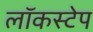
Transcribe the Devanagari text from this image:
लॉकस्टेप